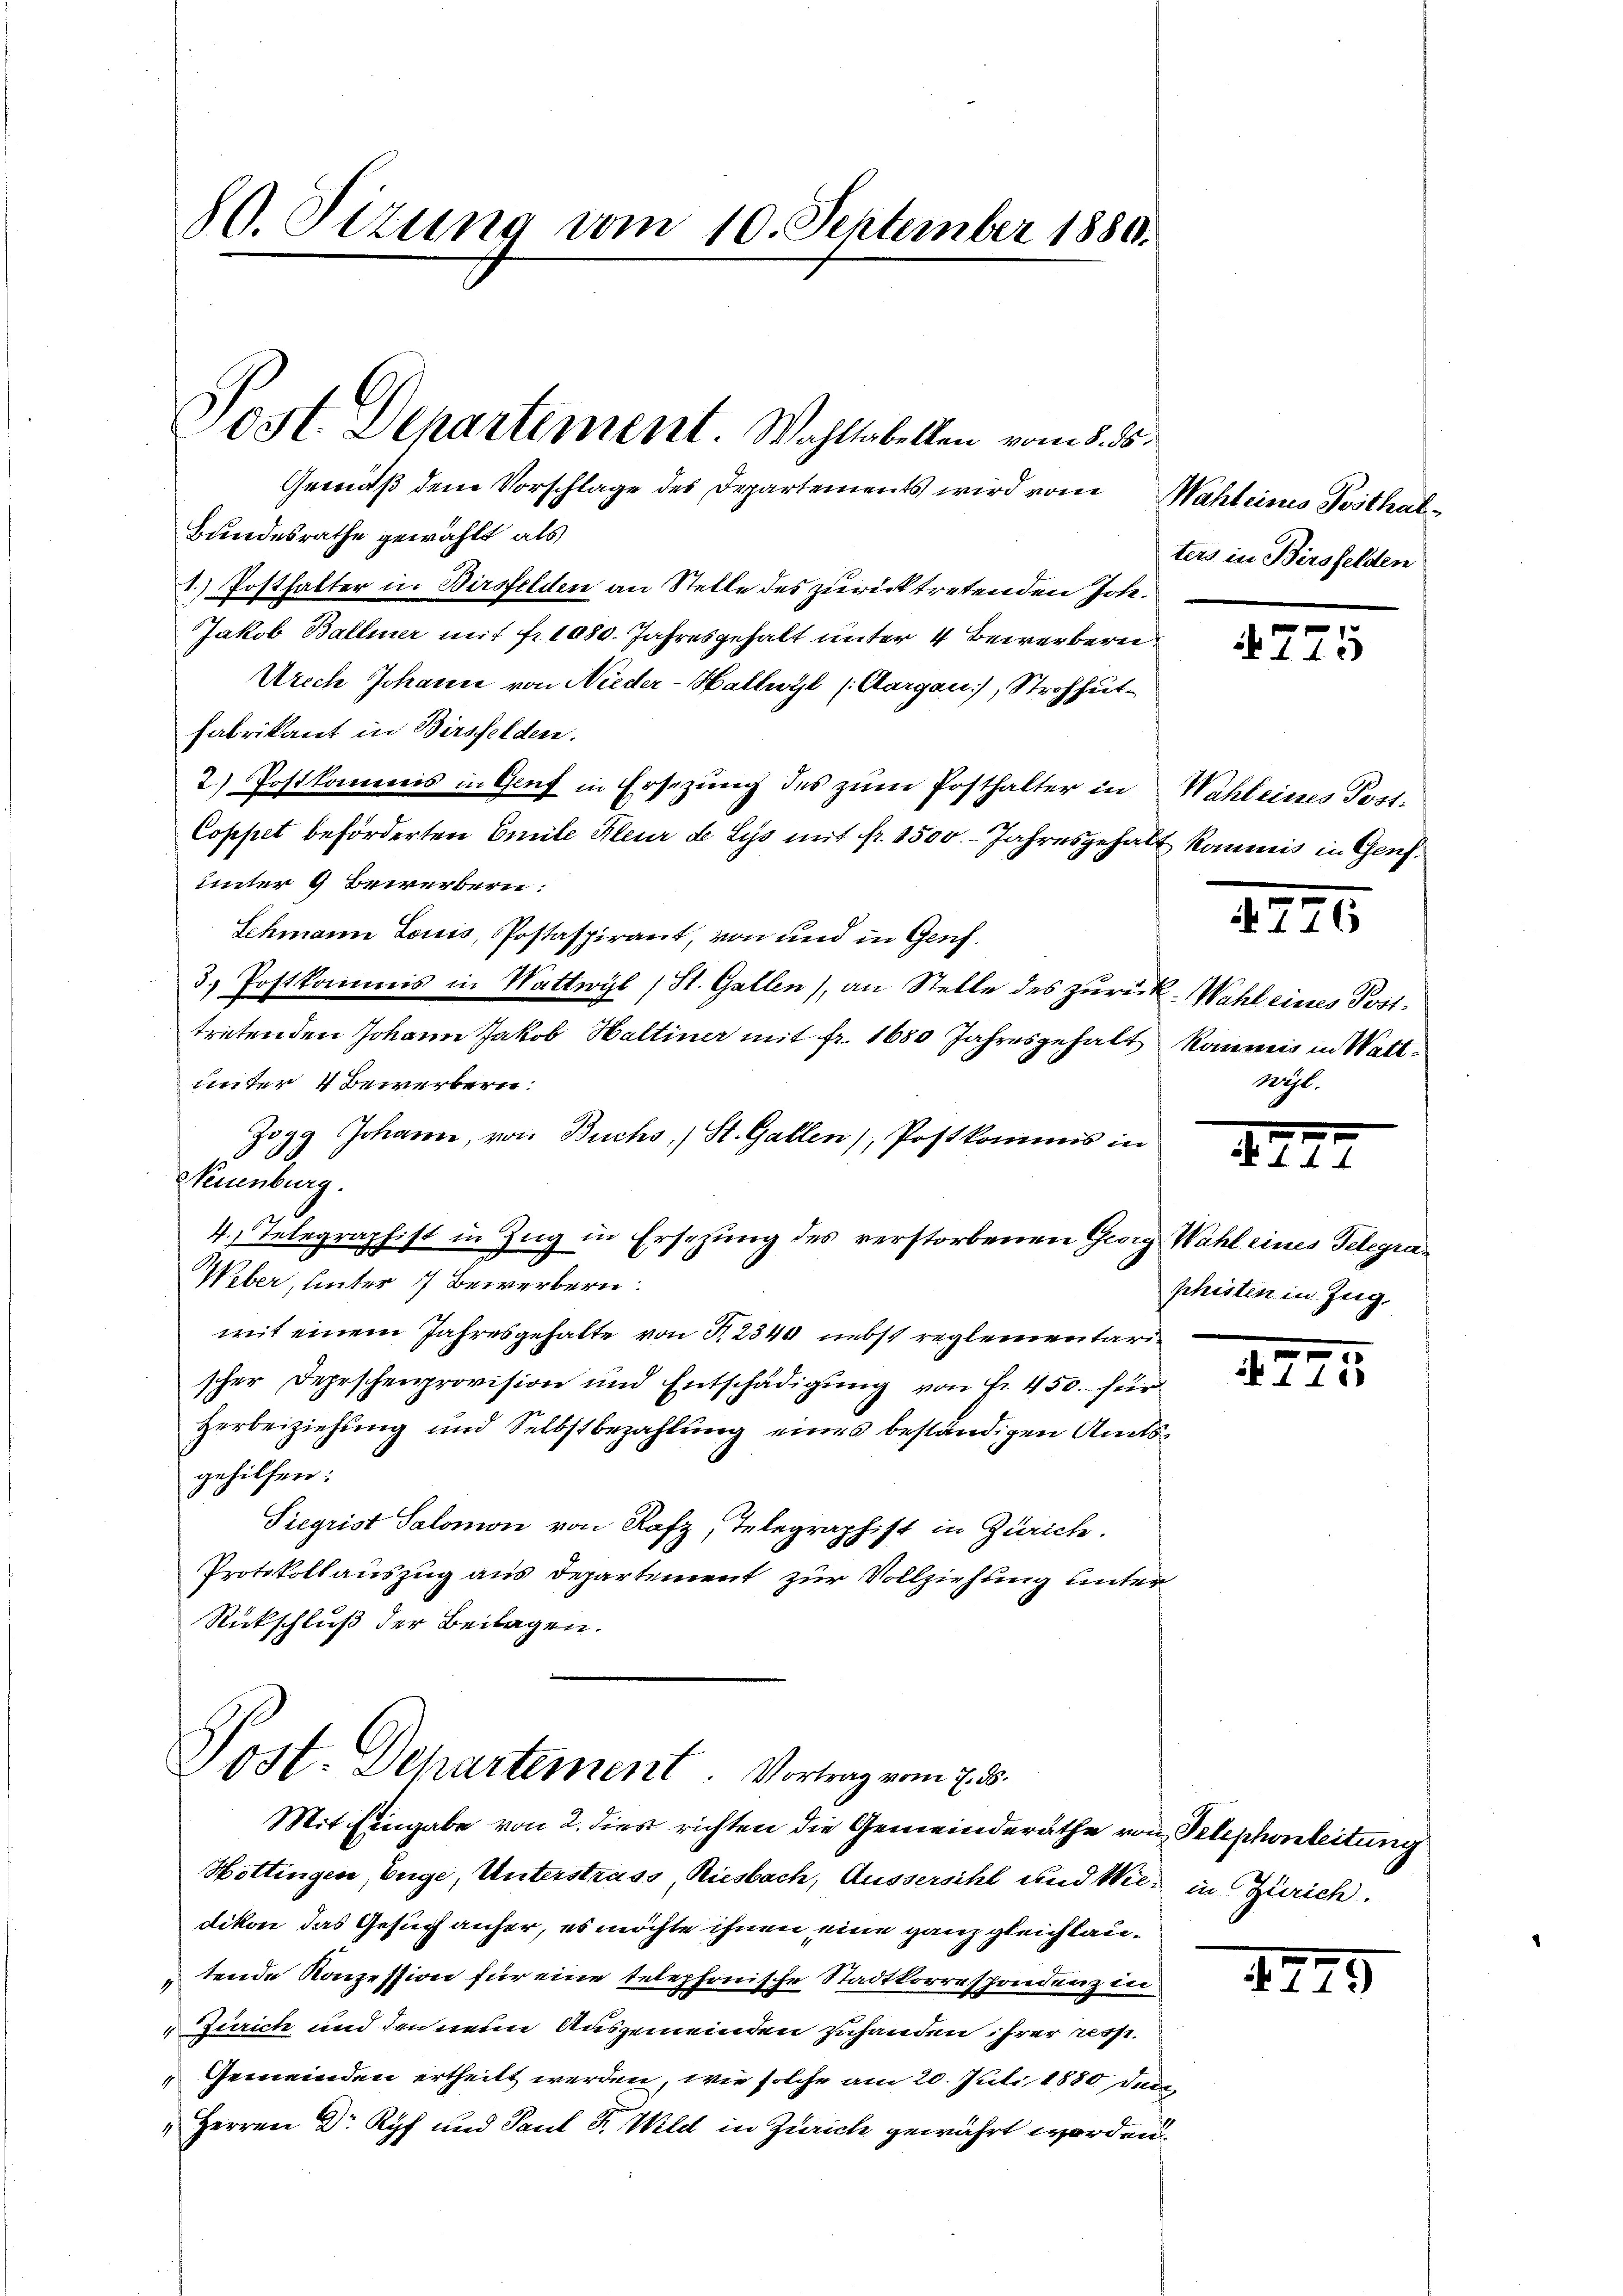
80. Sizung vom 10. September 1880.

Post. Departement. Wahltabellen vom 8. ds.
Gemäß dem Vorschlage des Departements wird vom Mahleines Posthal¬

Bundesrathe gewählt als
1.) Posthalter in Birsfelden an Stelle des zurücktretenden Joh.
Jakob Ballier mit fr. 1080. Jahresgehalt unter 4 Bewerberei
Urech Johann von Nieder-Hallwyl (Aargau), Strohheitfabrikant in Birsfelden.
2.) Postkommis in Genf in Ersezung des zŭm Posthalter in Wahleines Post-
Coppet beförderten Emile Kleur de Lys mit fr. 1500. Jahresgehalt Raumnis in Genf.
unter 9 Bewerbern:
Schmann Louis, Postaspirant, von und in Genf.
3.) Postkommis in Wattwyl (St. Gallen), an Stelle des zurück. Wahl eines Posttretenden Johann Jakob Haltiner mit fr. 1680 Jahresgehalt kommis in Wattunter 4 Bewerbern:
Zogg Johann, von Buchs, St. Gallen), Postkommis in
Neuenburg.
4.) Telegraphist in Zug in Ersetzung des verstorbenen Georg Wahl eines Telegran
Weber, unter 7 Bewerbern:
mit einem Jahresgehalte von § 2340 nebst reglementarischer Depeschenprovision und Entschädigung von Fr. 450. für
Herbeiziehung und Selbstbezahlung eines beständigen Amtsgehilfen:
Siegrist Salomon von Rafz, Telegraphist in Zürich.
Protokollauszug aus Departement zur Vollziehung unter
Rickschluß der Beilagen.

Post. Departement. Vortrag vom 7. 15.
Mit Eingabe von 2. dies richten die Gemeinderäthe von Telephonleitung

Hottingen, Enge, Unterstrass Riesbach, Aussersihl und Wie in Zürich.
dikon das Gesuch anher, es möchte ihnen eine ganz gleichlautende Konzession für eine telephonische Stadtkorrespondenz in
 Zürich und den neun Ausgemeinden zuhanden ihrer resse¬
Gemeinden ertheilt werden, wie solche am 20. Juli 1880 der
4
" Herren Dr Ryf und Paul Fr. Wild in Zürich gewährt worden

ters in Birsfelden

4775

2270

Wihl.

I

phisten in Zug.

e
2

.

1275